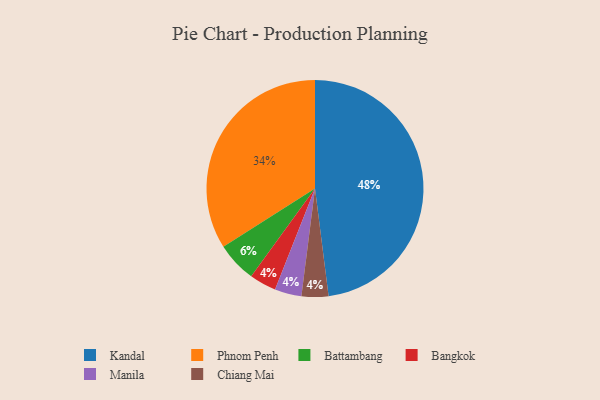
{"axis": {"x": "Category", "y": "Percentage"}, "legend": ["Bangkok", "Battambang", "Chiang Mai", "Kandal", "Manila", "Phnom Penh"], "data": [{"x": "Bangkok", "y": 4, "type": "Bangkok"}, {"x": "Phnom Penh", "y": 34, "type": "Phnom Penh"}, {"x": "Kandal", "y": 48, "type": "Kandal"}, {"x": "Battambang", "y": 6, "type": "Battambang"}, {"x": "Manila", "y": 4, "type": "Manila"}, {"x": "Chiang Mai", "y": 4, "type": "Chiang Mai"}]}